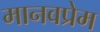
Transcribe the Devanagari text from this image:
मानवप्रेम